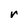
Character: r